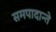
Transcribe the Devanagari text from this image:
समपादान्ते